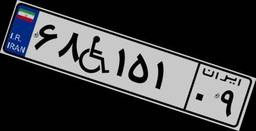
۵۵W۰۹۰۶۲